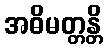
အဓိမတ္တန္တိ